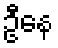
ဦနေ